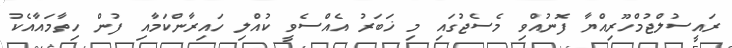
ރައީސުލްޖުމްހޫރިއްޔާ ފޮނުއްވި މެސެޖުގައި މި ޚަބަރު އެއްސެވީ ކުއްލި ހައިރާންކަމާއި ފުން ހިތާމައާއެކު